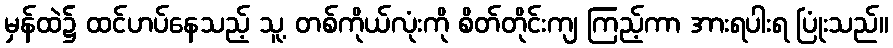
မှန်ထဲ၌ ထင်ဟပ်နေသည့် သူ့ တစ်ကိုယ်လုံးကို စိတ်တိုင်းကျ ကြည့်ကာ အားရပါးရ ပြုံးသည်။